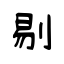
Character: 剔